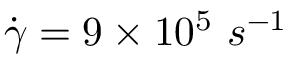
\dot { \gamma } = 9 \times 1 0 ^ { 5 } \ s ^ { - 1 }